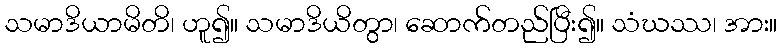
သမာဒိယာမိတိ၊ ဟူ၍။ သမာဒိယိတွာ၊ ဆောက်တည်ပြီး၍။ သံဃဿ၊ အား။